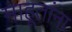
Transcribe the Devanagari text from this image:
माहूतांना